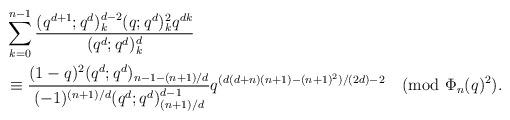
LaTeX: \begin{align*}&\sum_{k=0}^{n-1}\frac{(q^{d+1};q^d)_k^{d-2}(q;q^d)_k^2q^{dk}}{(q^d;q^d)_k^d}\\&\equiv \frac{(1-q)^2(q^d;q^d)_{n-1-(n+1)/d}}{(-1)^{(n+1)/d}(q^d;q^d)_{(n+1)/d}^{d-1}}q^{(d(d+n)(n+1)-(n+1)^2)/(2d)-2}\pmod{\Phi_n(q)^2}.\end{align*}